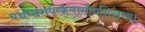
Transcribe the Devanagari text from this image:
चञ्चच्छशधरकलासौधशिखरम्।